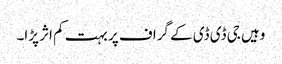
وہیں جی ڈی ڈی کے گراف پر بہت کم اثر پڑا۔